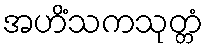
အဟိံသကသုတ္တံ